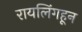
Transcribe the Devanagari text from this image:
रायलिंगहून